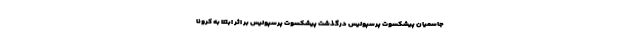
جاسمیان پیشکسوت پرسپولیس درگذشت پیشکسوت پرسپولیس بر اثر ابتلا به کرونا